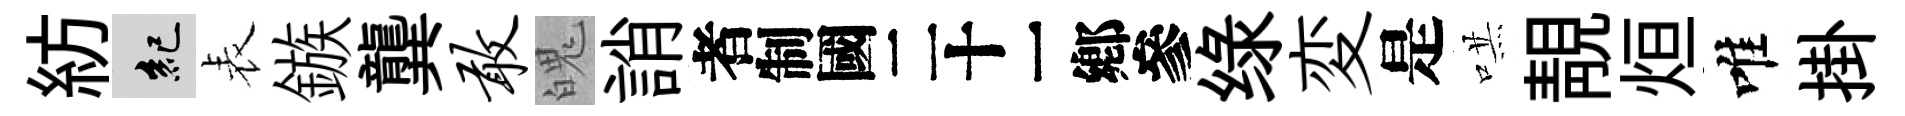
紡紀表鏃龔敢魄誚识绿変是哄靚烜唯掛